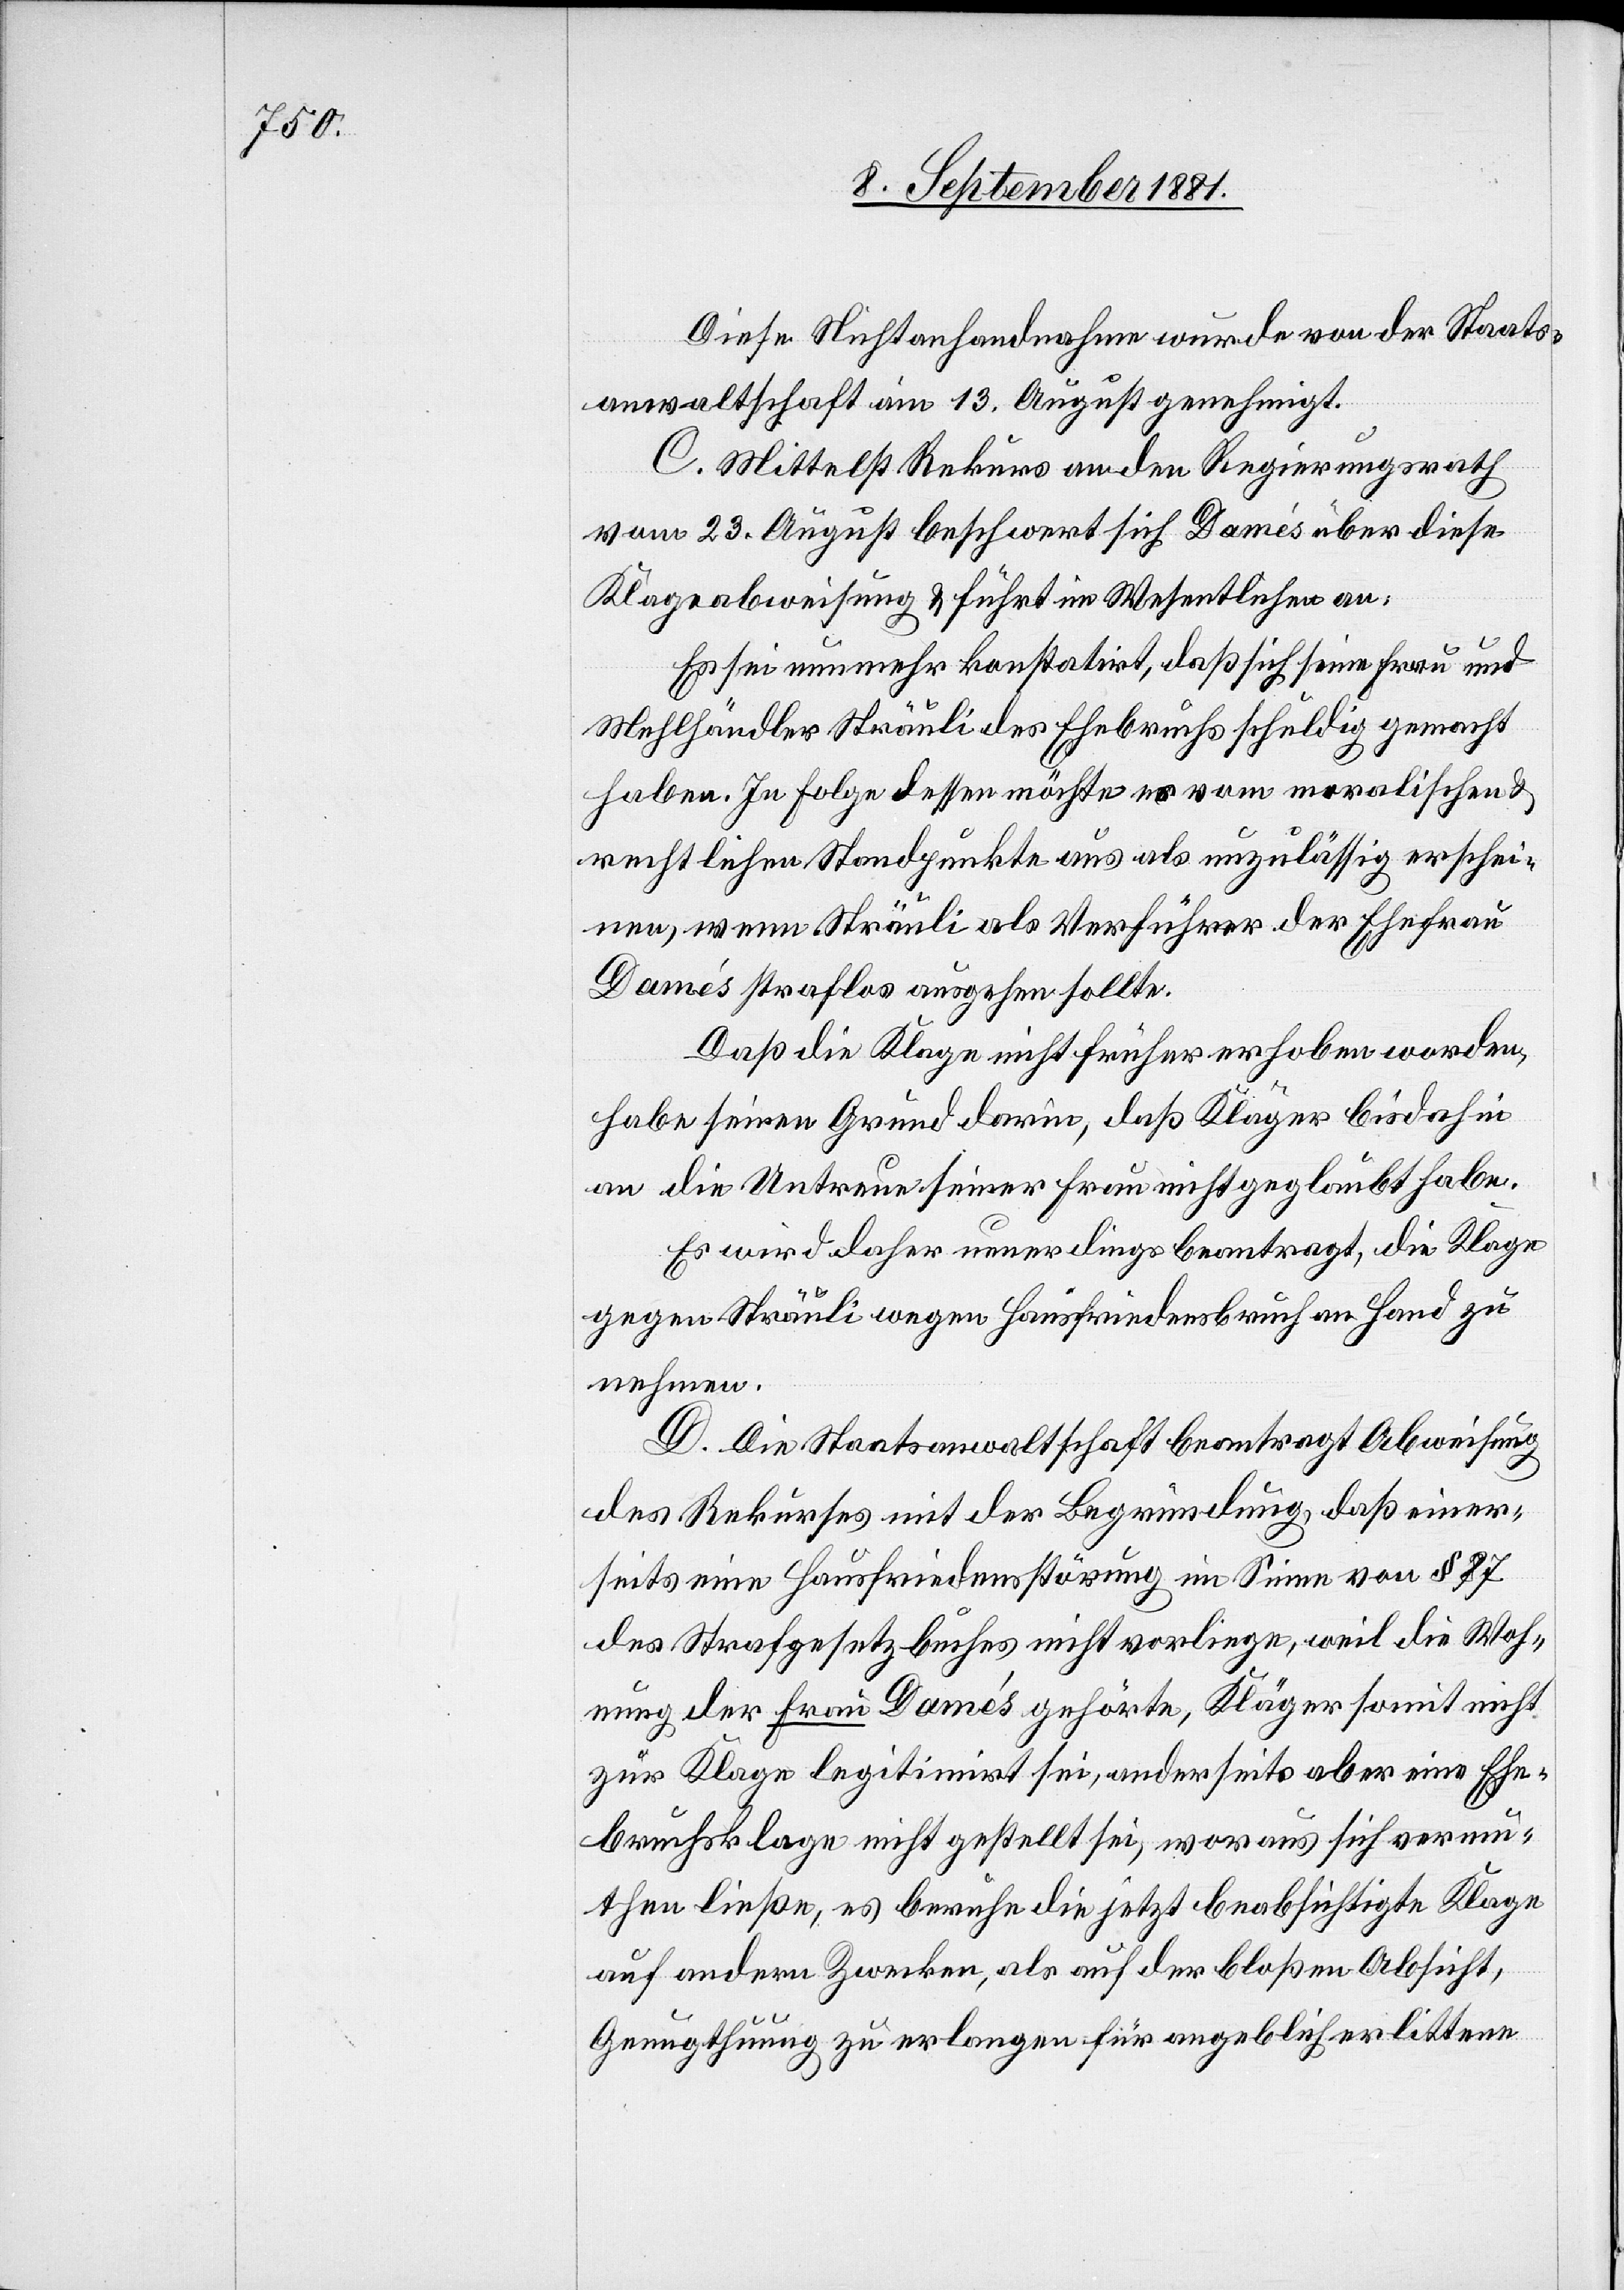
Diese Nichtanhandnahme wurde von der Staats¬
anwaltschaft am 13. August genehmigt.
C. Mittelst Rekurs an den Regierungsrath
von 23. August beschwert sich Damés über diese
Klageabweisung & führt im Wesentlichen an:
Es sei nunmehr konstatirt, daß sich seine Frau und
Mehlhändler Sträuli des Ehebruchs schuldig gemacht
haben. In Folge dessen möchte es vom moralischen &
rechtlichen Standpunkte aus als unzulässig erschei¬
nen, wenn Sträuli als Verführer der Ehefrau
Damés straflos ausgehen sollte.
Daß die Klage nicht früher erhoben worden,
habe seinen Grund darin, daß Kläger bis dahin
an die Untreue seiner Frau nicht geglaubt habe.
Es wird daher neuerdings beantragt, die Klage
gegen Sträuli wegen Hausfriedensbruch an Hand zu
nehmen.
D. Die Staatsanwaltschaft beantragt Abweisung
des Rekurses mit der Begründung, daß einer¬
seits eine Hausfriedensstörung im Sinne von § 87
des Strafgesetzbuches, nicht vorliege, weil die Woh¬
nung der Frau Damés gehörte, Kläger somit nicht
zur Klage legitimirt sei, andererseits aber eine Ehe¬
bruchsklage nicht gestellt sei, woraus sich vermu¬
then ließe, es beruhe die jetzt beabsichtigte Klage
auf andern Zwecken, als auf der bloßen Absicht,
Genugthuung zu erlangen für angeblich erlittene